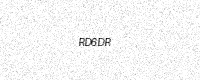
Text: RD6DR